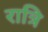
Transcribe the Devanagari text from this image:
रात्रि